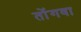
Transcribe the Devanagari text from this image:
तोंगवा